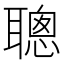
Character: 聰